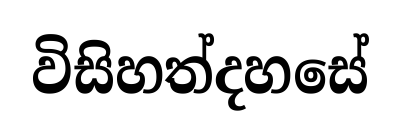
විසිහත්දහසේ